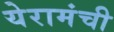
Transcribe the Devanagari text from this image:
येरामंची